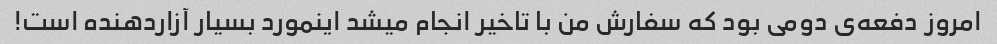
امروز دفعه‌ی دومی بود که سفارش من با تاخیر انجام میشد اینمورد بسیار آزاردهنده است!